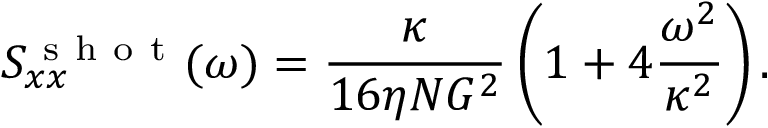
S _ { x x } ^ { \mathrm { ~ s ~ h ~ o ~ t ~ } } ( \omega ) = \frac { \kappa } { 1 6 \eta N G ^ { 2 } } \left( 1 + 4 \frac { \omega ^ { 2 } } { \kappa ^ { 2 } } \right) .